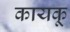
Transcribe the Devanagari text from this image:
कायकू